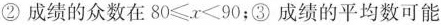
②成绩的众数在$$8 0 ≤ x ≤ 9 0$$；③成绩的平均数可能